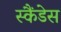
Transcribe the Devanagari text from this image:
स्कैंडेस